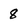
Character: 8